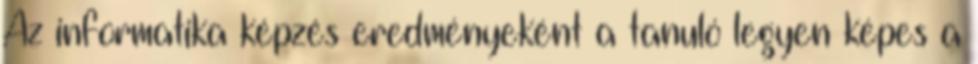
Az informatika képzés eredményeként a tanuló legyen képes a